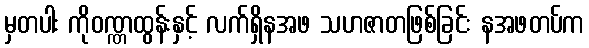
မှတပါး ကိုဝဏ္ဏထွန်းနှင့် လက်ရှိနအဖ သဟဇာတဖြစ်ခြင်း နအဖတပ်က